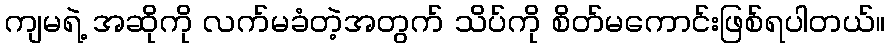
ကျမရဲ့ အဆိုကို လက်မခံတဲ့အတွက် သိပ်ကို စိတ်မကောင်းဖြစ်ရပါတယ်။